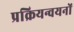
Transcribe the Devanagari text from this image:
प्रक्रियन्वयनों